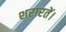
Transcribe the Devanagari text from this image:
शरारतें।